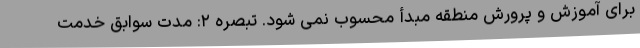
برای آموزش و پرورش منطقه مبدأ محسوب نمی شود. تبصره ۲: مدت سوابق خدمت